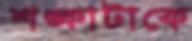
শঙ্কাটাকে